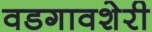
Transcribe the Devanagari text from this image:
वडगावशेरी